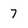
Character: 7